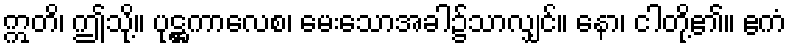
ဣတိ၊ ဤသို့။ ပုဋ္ဌကာလေစ၊ မေးသောအခါ၌သာလျှင်။ နော၊ ငါတို့၏။ ဧကံ